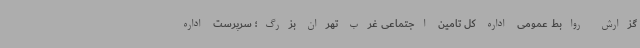
گزارش روابط عمومی اداره کل تامین اجتماعی غرب تهران بزرگ؛ سرپرست اداره